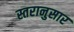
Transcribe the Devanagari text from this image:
स्तरानुसार